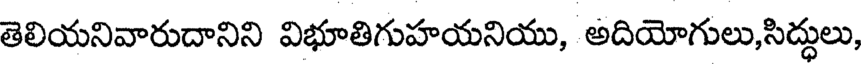
తెలియనివారుదానిని విభూతిగుహయనియు, అదియోగులు,సిద్ధులు,